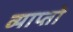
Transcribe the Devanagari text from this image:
व्याप्तो